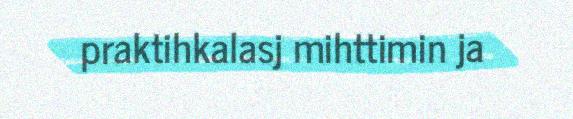
praktihkalasj mihttimin ja